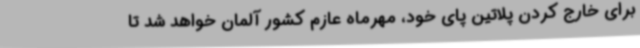
برای خارج کردن پلاتین پای خود، مهرماه عازم کشور آلمان خواهد شد تا